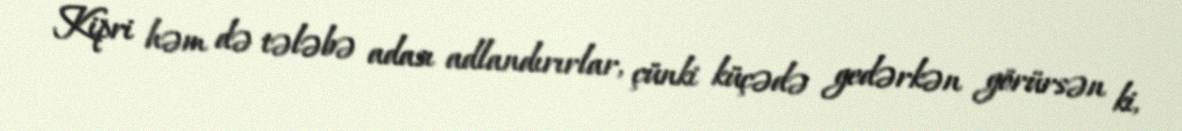
Kipri həm də tələbə adası adlandırırlar, çünki küçədə gedərkən görürsən ki,